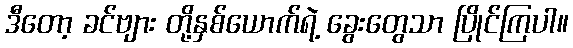
ဒီတော့ ခင်ဗျား တို့နှစ်ယောက်ရဲ့ ခွေးတွေသာ ပြိုင်ကြပါ။